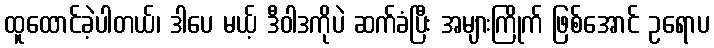
ထူထောင်ခဲ့ပါတယ်၊ ဒါပေ မယ့် ဒီဝါဒကိုပဲ ဆက်ခံပြီး အများကြိုက် ဖြစ်အောင် ဥရောပ